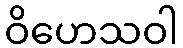
ဝိဟေသဝါ